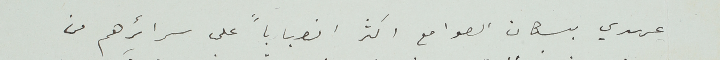
عهدي بسكان الصوامع اكثر انصباباً على سرائرهم من